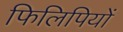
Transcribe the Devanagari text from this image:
फिलिपियों